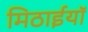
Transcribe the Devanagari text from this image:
मिठाईयाॅ